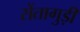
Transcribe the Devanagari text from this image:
सेंतागुड़ी